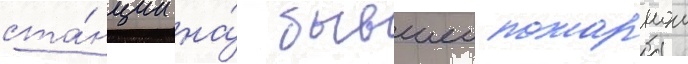
ста́нции на́ бывшеи пожарнои